Sketch of the medical history of the native army of Bombay, for the year
Year: 1872
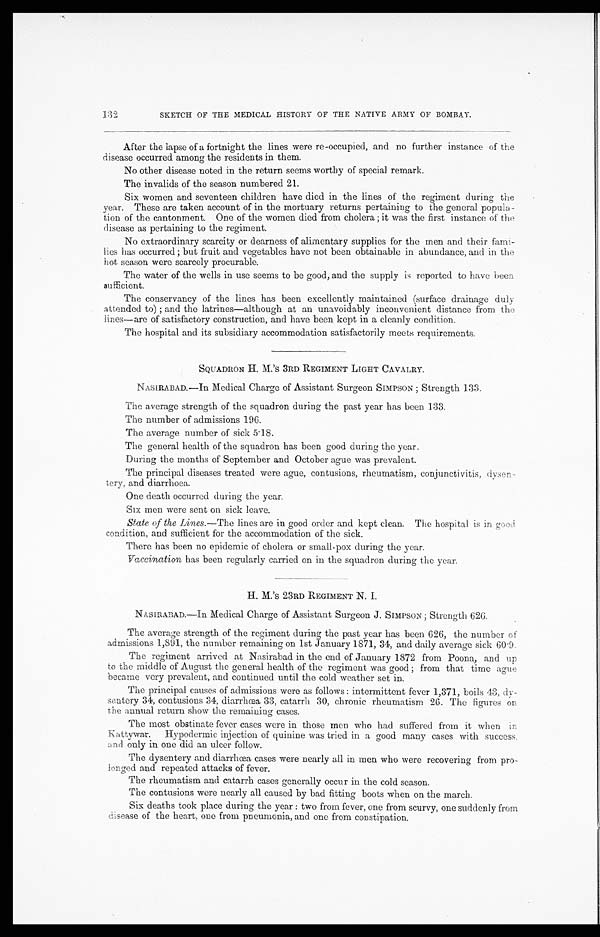
SKETCH OF THE MEDICAL HISTORY OF THE NATIVE ARMY OF BOMBAY.
After the lapse of a fortnight the lines were re-occupied, and no further instance of the
disease occurred among the residents in them.
No other disease noted in the return seems worthy of special remark.
The invalids of the season numbered 21.
Six women and seventeen children have died in the lines of the regiment during the
year. These are taken account of in the mortuary returns pertaining to the general popula-
tion of the cantonment. One of the women died from cholera ; it was the first instance of the
disease as pertaining to the regiment.
No extraordinary scarcity or dearness of alimentary supplies for the men and their fami-
lies has occurred ; but fruit and vegetables have not been obtainable in abundance, and in the
hot season were scarcely procurable.
The water of the wells in use seems to be good, and the supply is reported to have been
sufficient.
The conservancy of the lines has been excellently maintained (surface drainage duly
attended to) ; and the latrines—although at an unavoidably inconvenient distance from the
lines—are of satisfactory construction, and have been kept in a cleanly condition.
The hospital and its subsidiary accommodation satisfactorily meets requirements.
SQUADRON H. M. 'S 3RD REGIMENT LIGHT CAVALRY.
NASIRABAD.—In Medical Charge of Assistant Surgeon SIMPSON ; Strength 133.
The average strength of the squadron during the past year has been 133.
The number of admissions 196.
The average number of sick 5.18.
The general health of the squadron has been good during the year.
During the months of September and October ague was prevalent.
The principal diseases treated were ague, contusions, rheumatism, conjunctivitis, dysen-
tery, and diarrhoea.
One death occurred during the year.
Six men were sent on sick leave.
Slate of the Lines.— The lines are in good order and kept clean. The hospital is in good
condition, and sufficient for the accommodation of the sick.
There has been no epidemic of cholera or small-pox during the year.
Vaccination has been regularly carried on in the squadron during the year.
H. M.S' 23RD REGIMENT N. I.
NASIRABAD.—In Medical Charge of Assistant Surgeon J. SIMPSON ; Strength 626.
The average strength of the regiment during the past year has been 626, the number of
admissions 1,891, the number remaining on 1st January 1871, 34, and daily average sick 60.9.
The regiment arrived at Nasirabad in the end of January 1872 from Poona, and up
to the middle of August the general health of the regiment was good ; from that time ague
became very prevalent, and continued until the cold weather set in.
The principal causes of admissions were as follows : intermittent fever 1,371, boils 43, dy-
sentery 34, contusions 34, diarrhœa 33, catarrh 30, chronic rheumatism 26. The figures on
the annual return show the remaining cases.
The most obstinate fever cases were in those men who had suffered from it when
in Kattywar. Hypodermic injection of quinine was tried in a good many cases with success,
and only in one did an ulcer follow.
The dysentery and diarrhœa cases were nearly all in men who were recovering from pro-
longed and repeated attacks of fever.
The rheumatism and catarrh cases generally occur in the cold season.
The contusions were nearly all caused by bad fitting boots when on the march.
Six deaths took place during the year : two from fever, one from scurvy, one suddenly from
disease of the heart, one from pneumonia, and one from constipation.
132